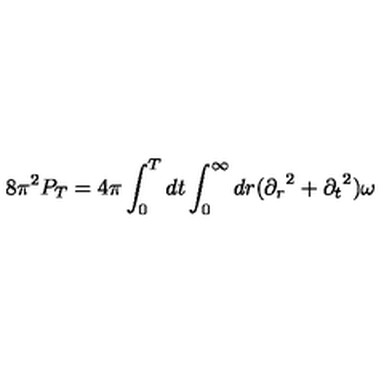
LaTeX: { 8 \pi ^ { 2 } } P _ { T } = { 4 \pi } \int _ { 0 } ^ { T } d t \int _ { 0 } ^ { \infty } d r ( { \partial _ { r } } ^ { 2 } + { \partial _ { t } } ^ { 2 } ) \omega